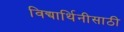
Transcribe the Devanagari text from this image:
विद्यार्थिनीसाठी